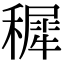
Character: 穉